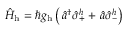
\hat { H } _ { \mathrm { h } } = \hbar g _ { \mathrm { h } } \left( \ensuremath { { \, \hat { a } ^ { \dagger } } } \hat { \sigma } _ { + } ^ { h } + \ensuremath { \, \hat { a } } \hat { \sigma } _ { - } ^ { h } \right)